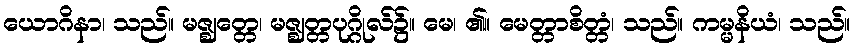
ယောဂိနာ၊ သည်။ မဇ္ဈတ္တေ၊ မဇ္ဈတ္တပုဂ္ဂိုလ်၌။ မေ၊ ၏။ မေတ္တာစိတ္တံ၊ သည်။ ကမ္မနိယံ၊ သည်။